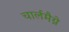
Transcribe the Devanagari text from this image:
चार्लमैग्ने